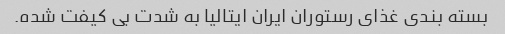
بسته بندی غذای رستوران ایران ایتالیا به شدت بی کیفت شده.